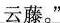
云藤。”